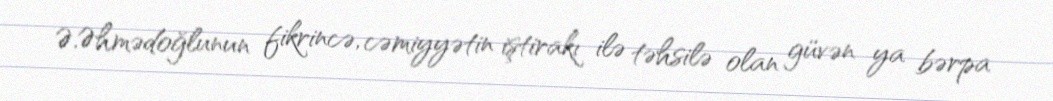
Ə.Əhmədoğlunun fikrincə, cəmiyyətin iştirakı ilə təhsilə olan güvən ya bərpa